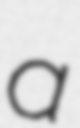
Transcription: a